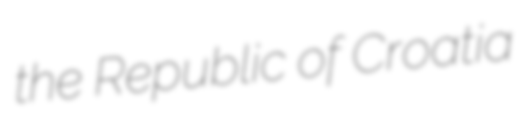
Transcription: the Republic of Croatia